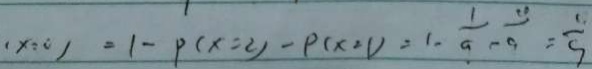
( x = 0 ) x = 1 - p ( x = 2 ) - p ( x = 1 ) = 1 - \frac { 1 } { 9 } - \frac { 2 0 } { 9 } = \frac { 1 } { 9 }